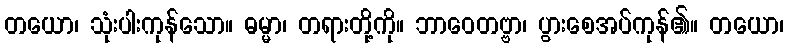
တယော၊ သုံးပါးကုန်သော။ ဓမ္မာ၊ တရားတို့ကို။ ဘာဝေတဗ္ဗာ၊ ပွားစေအပ်ကုန်၏။ တယော၊